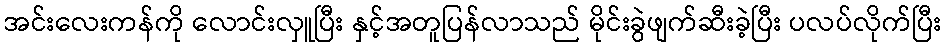
အင်းလေးကန်ကို လောင်းလှူပြီး နှင့်အတူပြန်လာသည် မိုင်းခွဲဖျက်ဆီးခဲ့ပြီး ပလပ်လိုက်ပြီး